Civil Veterinary Department Bengal reports 1933-51 - 1933-1951
Year: 1933
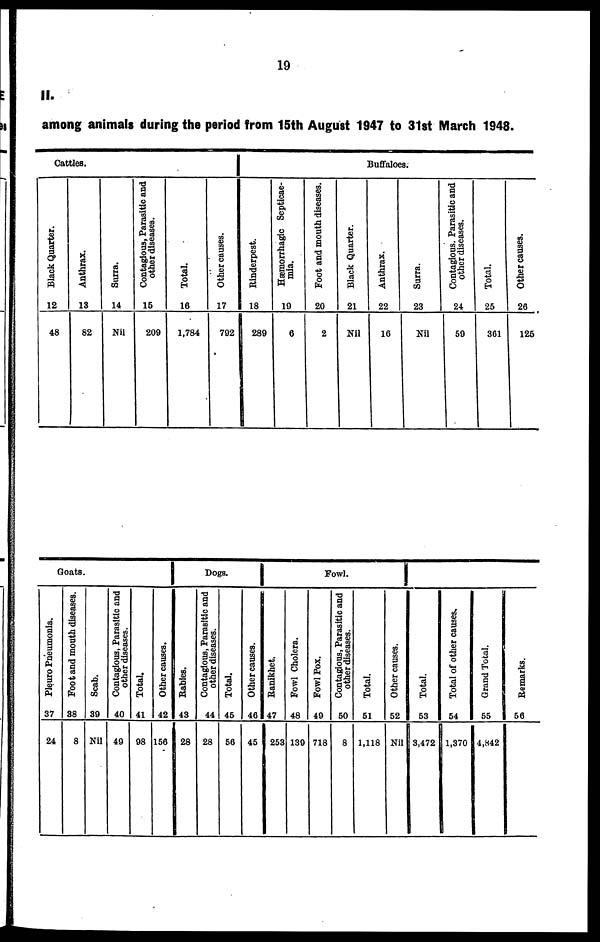
19
II.
among animals during the period from 15th August 1947 to 31st March 1948.
Catties.
Black Quarter.
12
48
Anthrax.
13
82
Surra.
14
Nil
Contagious, Parasitic and
other diseases.
15
209
Total.
16
1,784
Other causes.
17
792
Rinderpest.
18
289
Hæmorrhagic Septicae-
mia.
19
6
Foot and mouth diseases.
20
2
Buffaloes.
Black Quarter.
21
Nil
Anthrax.
22
16
Surra.
23
Nil
Contagious. Parasitic and
other diseases.
24
59
Total.
25
361
Other causes.
26
125
Goats.
Pleuro Pneumonia.
37
24
Foot and mouth diseases.
38
8
Scab.
39
Nil
Contagious, Parasitic and
other diseases.
40
49
Total.
41
98
Other causes.
42
156
Babies.
43
28
Dogs.
Contagious, Parasitic and
other diseases.
44
28
Total.
45
56
Other causes.
46
45
Ranikhet.
47
253
Fowl Cholera.
48
139
Fowl.
Fowl Pox.
49
718
Contagious, Parasitic and
other diseases.
50
8
Total.
51
1,118
Other causes.
52
Nil
. . .
Total.
53
3,472
Total of other causes.
54
1,370
Grand Total.
55
4,842
Remarks.
56